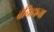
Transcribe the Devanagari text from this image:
बेनिहाना